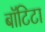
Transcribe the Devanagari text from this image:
बाॅटिटा